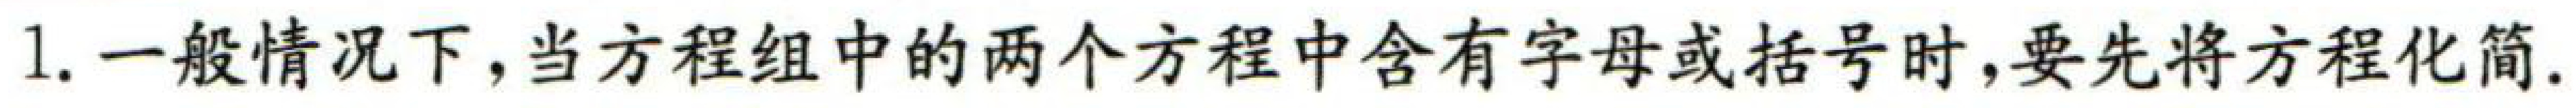
1. 一般情况下,当方程组中的两个方程中含有字母或括号时,要先将方程化简.